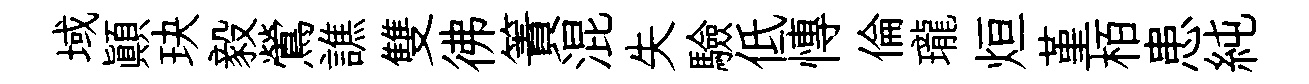
域顛玦毅鶯譙雙彿簀混失驗低慱倫瓏烜堇栢患純